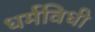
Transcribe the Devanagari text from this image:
धर्मविधी